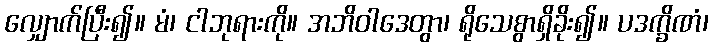
လျှောက်ပြီး၍။ မံ၊ ငါဘုရားကို။ အဘိဝါဒေတွာ၊ ရိုသေစွာရှိခိုး၍။ ပဒက္ခိဏံ၊